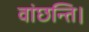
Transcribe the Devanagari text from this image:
वांछन्ति।